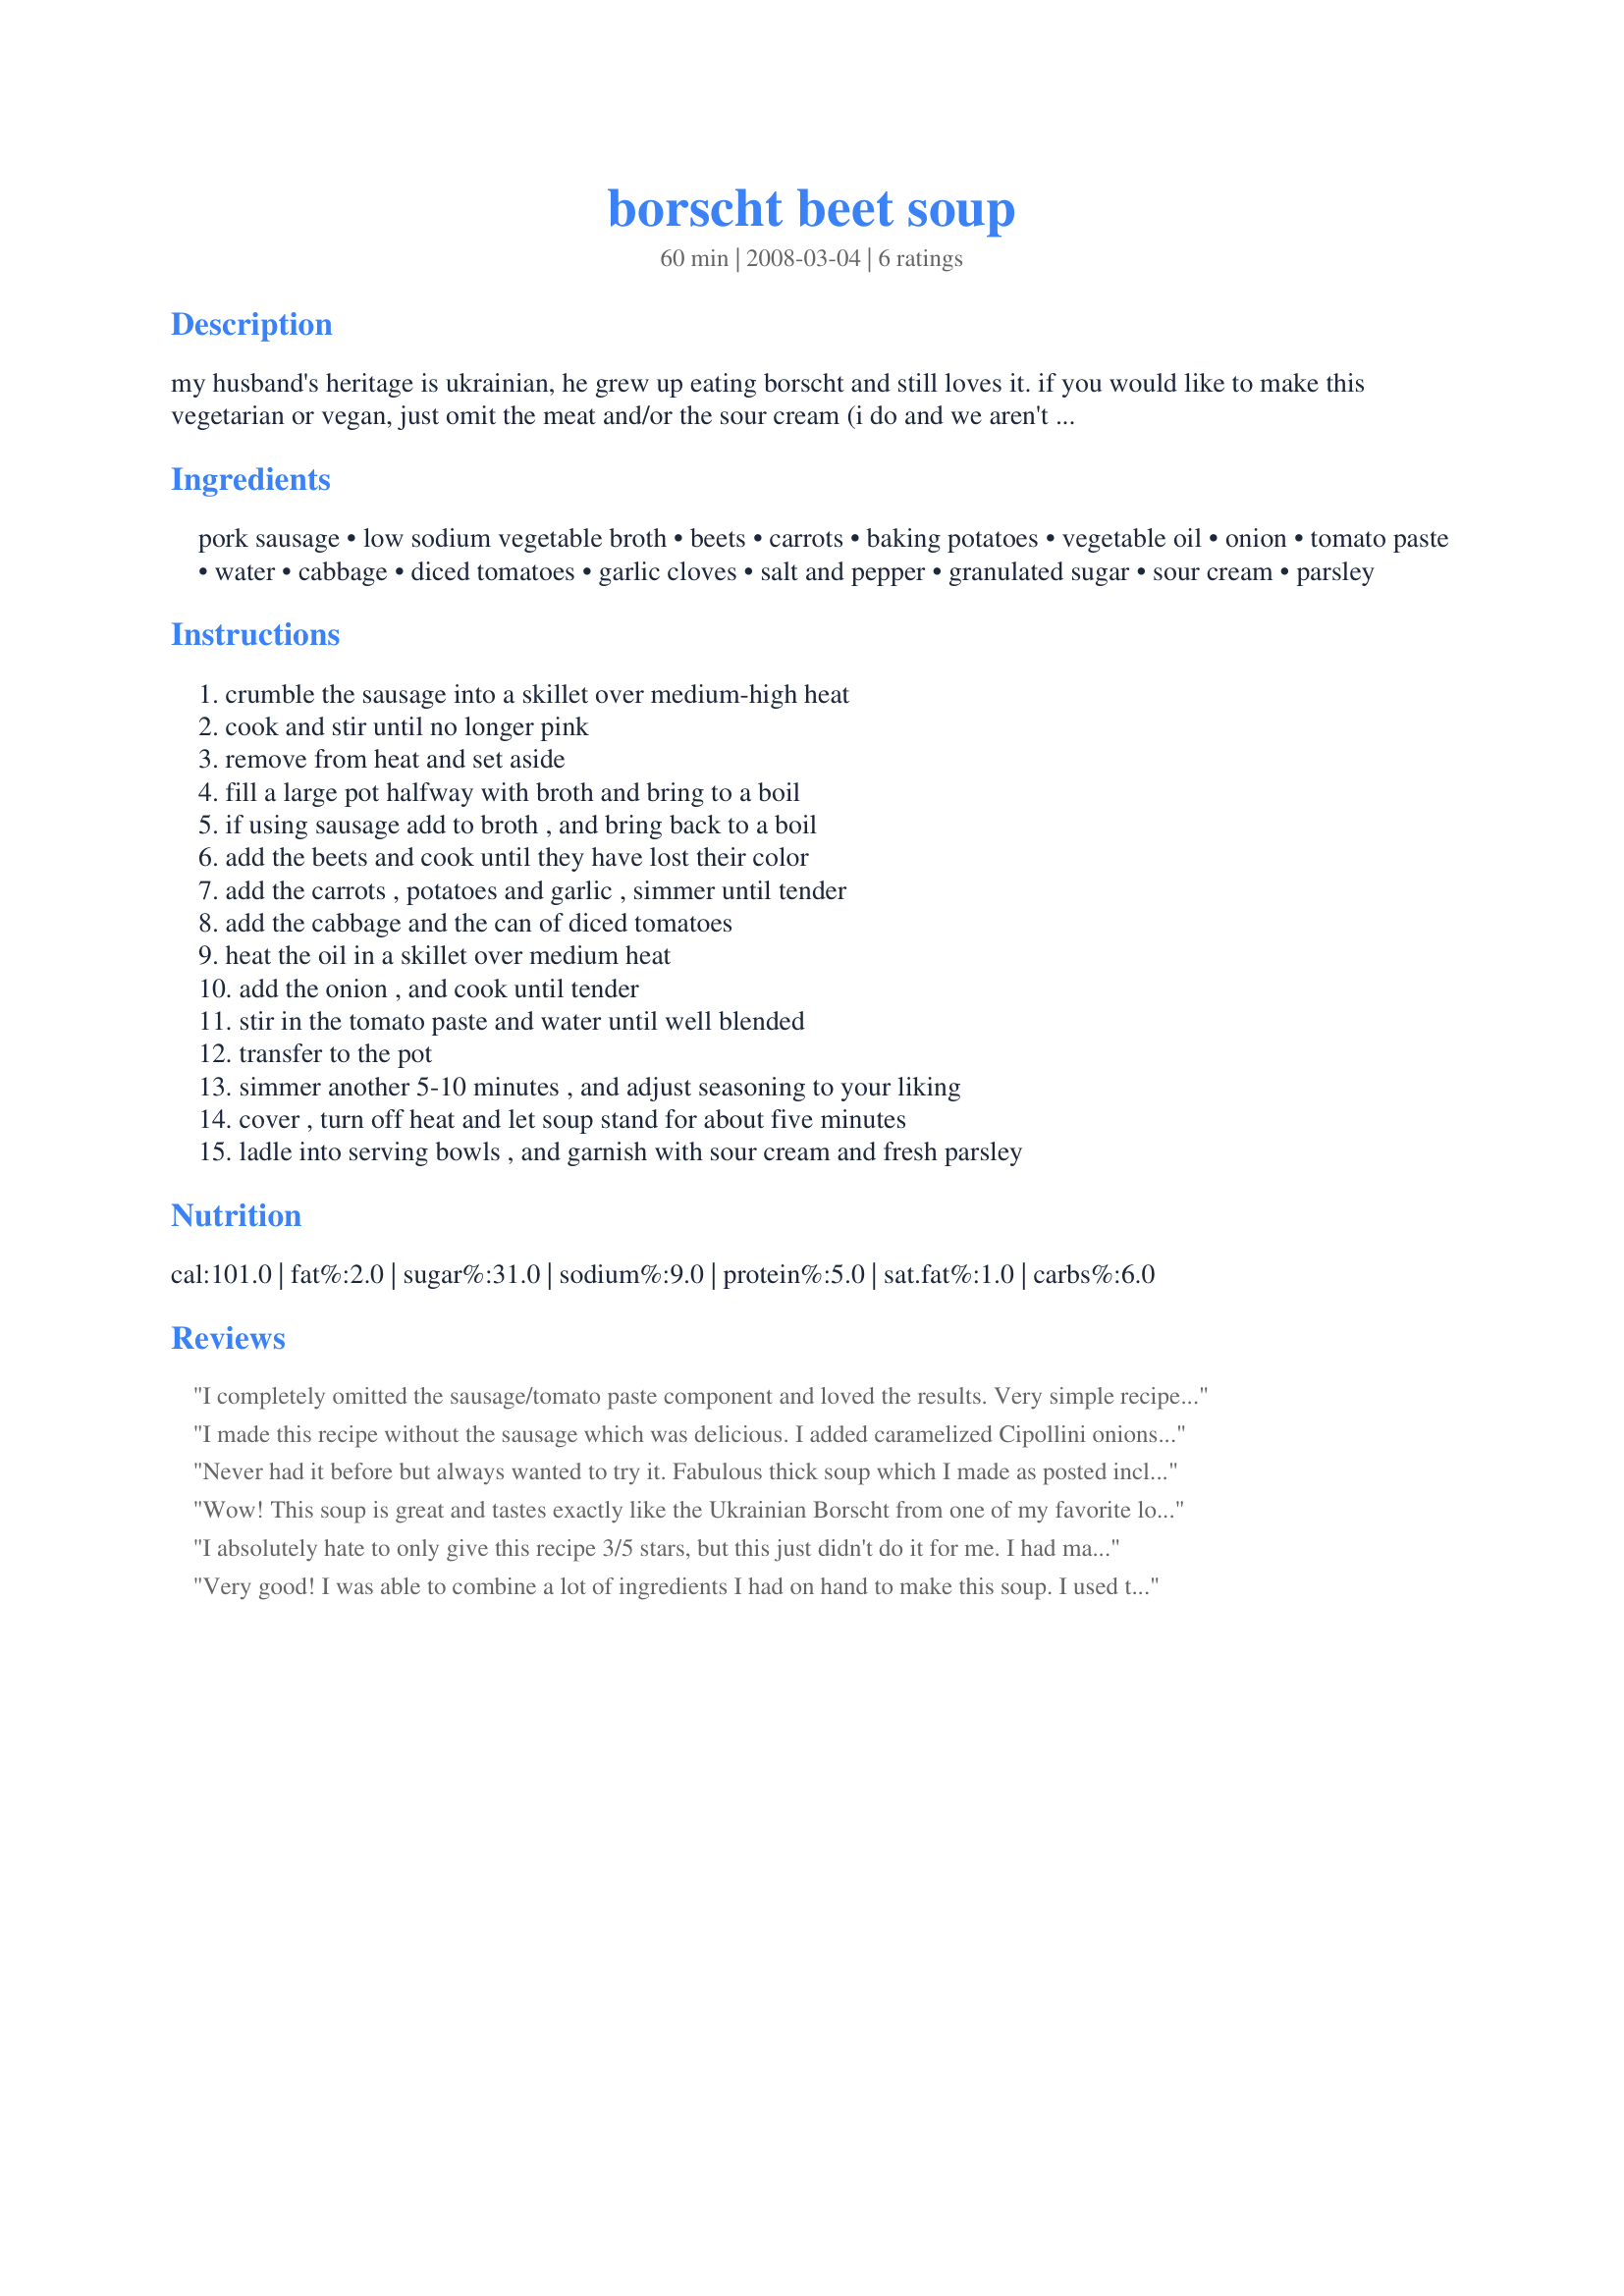
borscht beet soup
Preparation time: 60 minutes

my husband's heritage is ukrainian, he grew up eating borscht and still loves it. if you would like to make this vegetarian or vegan, just omit the meat and/or the sour cream (i do and we aren't vegetarians). my husband rates this as one of his favorite soups i make (5 stars)! i cook this one vegan style.

Ingredients:
pork sausage, low sodium vegetable broth, beets, carrots, baking potatoes, vegetable oil, onion, tomato paste, water, cabbage, diced tomatoes, garlic cloves, salt and pepper, granulated sugar, sour cream, parsley

Steps:
crumble the sausage into a skillet over medium-high heat, cook and stir until no longer pink, remove from heat and set aside, fill a large pot halfway with broth and bring to a boil, if using sausage add to broth , and bring back to a boil, add the beets and cook until they have lost their color, add the carrots , potatoes and garlic , simmer until tender, add the cabbage and the can of diced tomatoes, heat the oil in a skillet over medium heat, add the onion , and cook until tender, stir in the tomato paste and water until well blended, transfer to the pot, simmer another 5-10 minutes , and adjust seasoning to your liking, cover , turn off heat and let soup stand for about five minutes, ladle into serving bowls , and garnish with sour cream and fresh parsley

Reviews:
I completely omitted the sausage/tomato paste component and loved the results. Very simple recipe (especially because I used packaged cole slaw in lieu of chopping cabbage and shredding carrots).
I made this recipe without the sausage which was delicious. I added caramelized Cipollini onions to each bowl when serving for texture and flavor. I did not add the sugar to the recipe.

I serviced with piece of toasted bread with Hummas and picked onions on top.

A healthy meal to sever to a family or friends.
Never had it before but always wanted to try it. Fabulous thick soup which I made as posted including the pork sausage. I most likely will make this again but leave the sausages out next time. Great recipe! Made for the Aussie/NZ RS#39, the ANZAC Biscuits.
Wow! This soup is great and tastes exactly like the Ukrainian Borscht from one of my favorite local restaurants. I made the vegetarian version and used all vegetables picked fresh from my garden. It has a mild beet flavor with undertones of garlic, tomatoes and onions. I LOVE this soup but have never attempted to make it until now. DH has never tried it and was a bit skeptical (especially since it was such an intense color of fuchsia), but he was sold at first taste. I made so much that I brought containers to work to share with other borscht lovers. Every year, my German family has our own version of "Oktoberfest" where we cook all sorts of German foods and enjoy a variety of beers. Even though this is a Ukrainian recipe, I KNOW it will be a big hit with them. Thank you so much for a wonderful recipe.
I absolutely hate to only give this recipe 3/5 stars, but this just didn't do it for me. I had made borscht before and didn't like it, but was determined to give it another try with a different version. I guess now I know for sure that I don't like beets. I must say though, this borscht had such a lovely color! Aside from the beets, the other flavors blended together so nicely. You couldn't even really taste the beets unless you got a chunk on your spoon. Better luck next time, I suppose. Thanks for sharing!
Very good! I was able to combine a lot of ingredients I had on hand to make this soup. I used the crock pot to cook it all.
